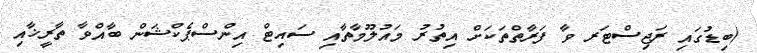
(ބިޑުގައި ރަޖިސްޓަރ ވާ ފަރާތްތަކަށް އިތުރު މައުލޫމާތާއި ސައިޓް އިންސްޕެކްޝަން ބާއްވާ ތާރީޚާއި